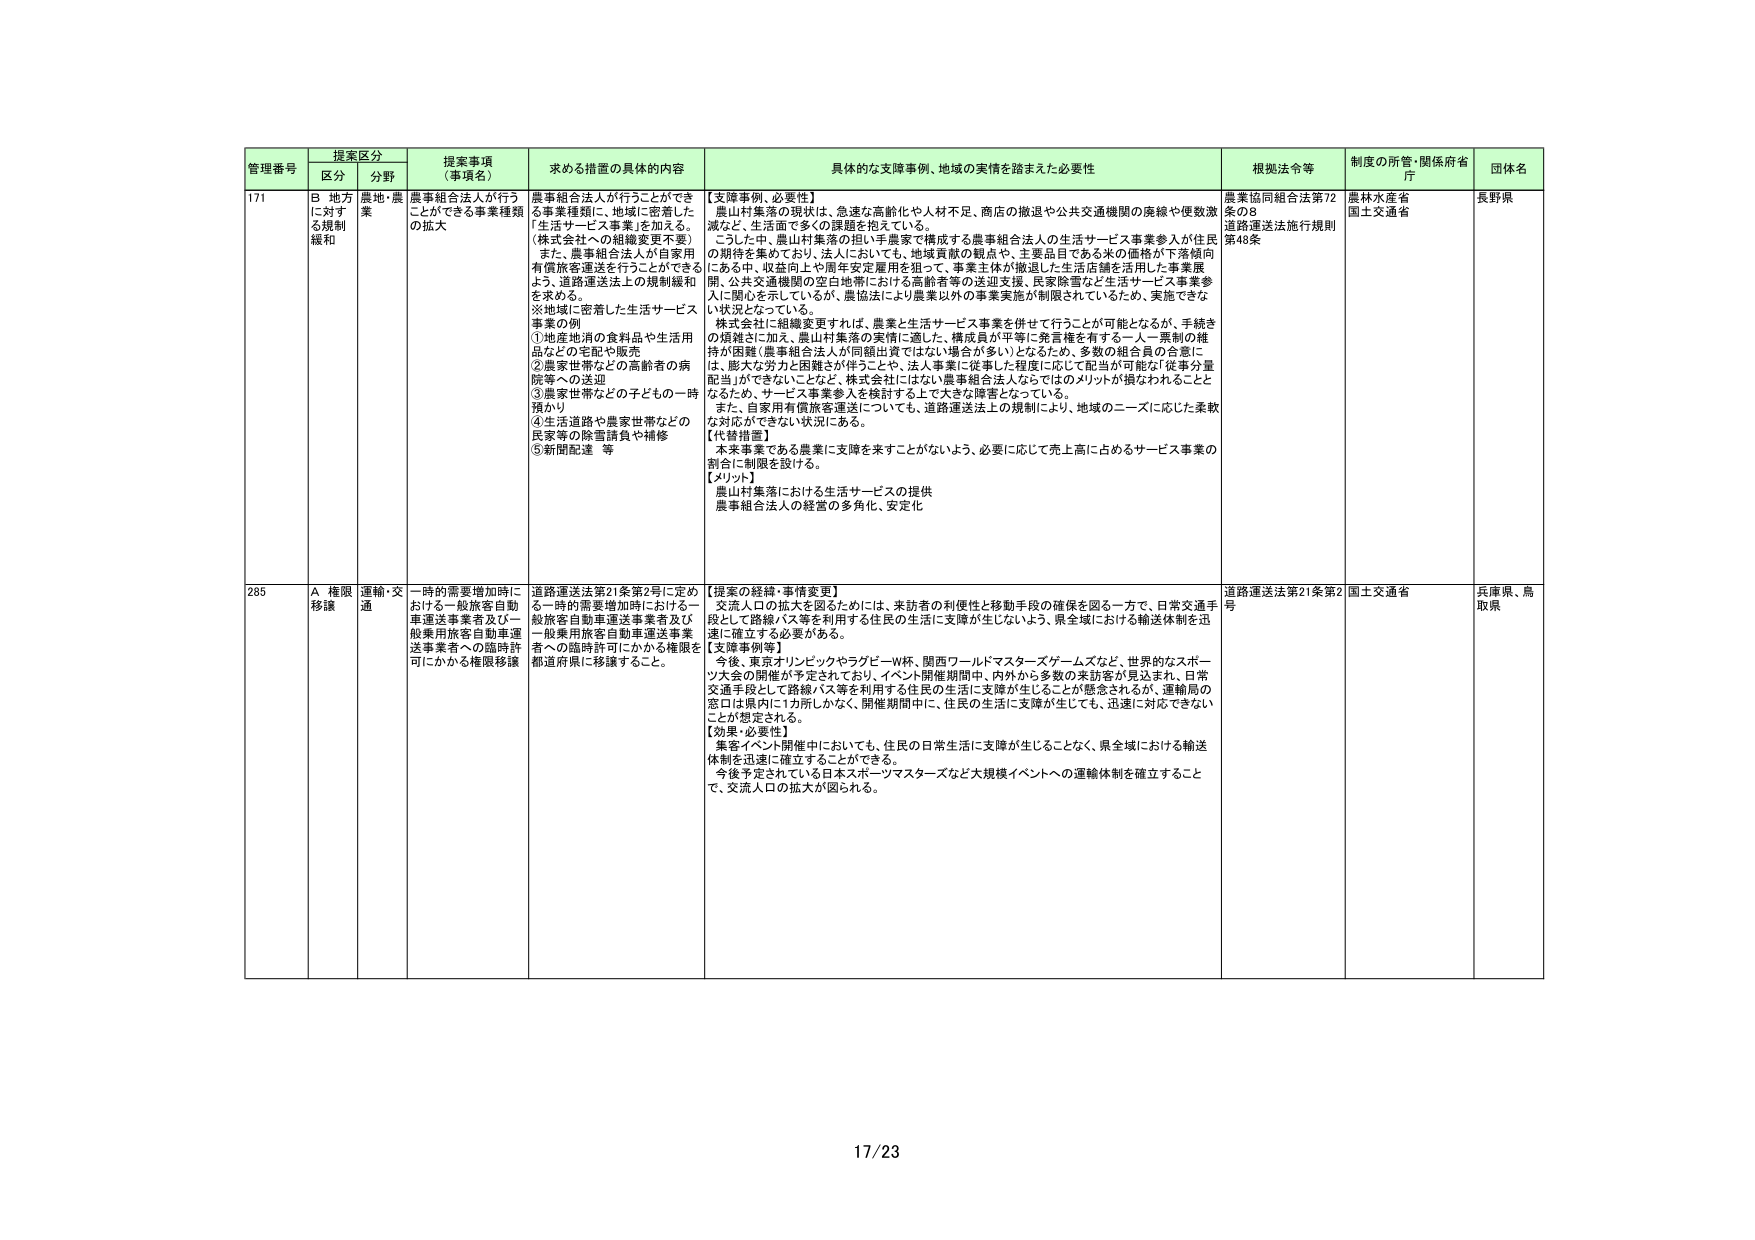
管理番号 提案区分 提案事項 （事項名） 求める措置の具体的内容 具体的な支援事例、地域の実情を踏まえた必要性 根拠法令等 制度の所管・関係府省 庁 団体名
区分 分野
171 B 地方 に対する規制緩和 農地・農業 農事組合法人が行うことができる事業種類の拡大 農事組合法人が行うことができる事業種類に、地域に密着した「生活サービス事業」を加える。 （株式会社への組織変更不要） また、農事組合法人が自家用有償旅客運送を行うことができるよう、道路運送法上の規制緩和を求める。 ※地域に密着した生活サービス事業の例 ①地産地消の食料品や生活用品などの宅配や販売 ②農家世帯などの高齢者の病院等への送迎 ③農家世帯などの子どもの一時預かり ④生活道路や農家世帯などの民家等の除雪請負や補修 ⑤新聞配達 等 【支援事例、必要性】 農山村集落の現状は、急速な高齢化や人材不足、商店の撤退や公共交通機関の廃線や便数激減など、生活面で多くの課題を抱えている。 こうした中、農山村集落の担い手農家で構成する農事組合法人の生活サービス事業参入が住民の期待を集めており、法人においても、地域貢献の観点や、主要品目である米の価格が下落傾向にある中、収益向上や周年安定雇用を狙って、事業主体が撤退した生活店舗を活用した事業展開、公共交通機関の空白地帯における高齢者等の送迎支援、民家除雪など生活サービス事業参入に関心を示しているが、農協法により農業以外の事業実施が制限されているため、実施できない状況となっている。 株式会社に組織変更すれば、農業と生活サービス事業を併せて行うことが可能となるが、手続きの煩雑さに加え、農山村集落の実情に適した、構成員が平等に発言権を有する一人一票制の維持が困難（農事組合法人が同額出資ではない場合が多い）となるため、多数の組合員の合意には、膨大な労力と困難さが伴うこと、法人事業に従事した程度に応じて配当が可能など「従事分量配当」ができないことなど、株式会社にはない農事組合法人ならではのメリットが損なわれることとなるため、サービス事業参入を検討する上でも大きな障害となっている。 また、自家用有償旅客運送についても、道路運送法上の規制により、地域のニーズに応じた柔軟な対応ができない状況にある。 【代替措置】 本来事業である農業に支障を来すことがないよう、必要に応じて売上高に占めるサービス事業の割合に制限を設ける。 【メリット】 農山村集落における生活サービスの提供 農事組合法人の経営の多角化、安定化 農業協同組合法第72条の8 道路運送法施行規則第46条 農林水産省 国土交通省 長野県
285 A 権限移譲 運輸・交通 一時的需要増加時における一般旅客自動車運送事業者及び一般乗用旅客自動車運送事業者への臨時許可にかかる権限移譲 道路運送法第21条第2号に定める一時的需要増加時における一般旅客自動車運送事業者及び一般乗用旅客自動車運送事業者への臨時許可にかかる権限を都道府県に移譲すること。 【提案の経緯・事情変更】 交流人口の拡大を図るためには、来訪者の利便性と移動手段の確保を図る一方で、日常交通手段として路線バス等を利用する住民の生活に支障が生じないよう、県全域における輸送体制を迅速に確立する必要がある。 【支援事例等】 今後、東京オリンピックやラグビーワールドカップ、関西ワールドマスターズゲームズなど、世界的なスポーツ大会の開催が予定されており、イベント開催期間中、内外から多数の来訪客が見込まれ、日常交通手段として路線バス等を利用する住民の生活に支障が生じることが懸念されるが、運輸局の窓口は県内に1カ所しかなく、開催期間中に、住民の生活に支障が生じても、迅速に対応できないことが想定される。 【効果・必要性】 重要イベント開催中においても、住民の日常生活に支障が生じることなく、県全域における輸送体制を迅速に確立することができる。 今後予定されている日本スポーツマスターズなど大規模イベントへの運輸体制を確立することで、交流人口の拡大が図られる。 道路運送法第21条第2号 国土交通省 兵庫県、鳥取県
17/23